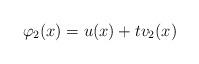
LaTeX: \begin{align*}\varphi_2(x)=u(x)+tv_2(x) \end{align*}